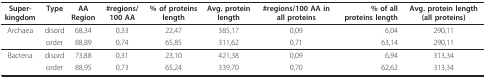
<table><thead><tr><td><b>Super-kingdom</b></td><td><b>Type</b></td><td><b>AA Region</b></td><td><b>#regions/100 AA</b></td><td><b>% of proteins length</b></td><td><b>Avg. protein length</b></td><td><b>#regions/100 AA in all proteins</b></td><td><b>% of all proteins length</b></td><td><b>Avg. protein length (all proteins)</b></td></tr></thead><tbody><tr><td>Archaea</td><td>disord</td><td>68,34</td><td>0,33</td><td>22,47</td><td>385,17</td><td>0,09</td><td>6,04</td><td>290,11</td></tr><tr><td></td><td>order</td><td>88,89</td><td>0,74</td><td>65,85</td><td>311,62</td><td>0,71</td><td>63,14</td><td>290,11</td></tr><tr><td>Bacteria</td><td>disord</td><td>73,88</td><td>0,31</td><td>23,10</td><td>421,38</td><td>0,09</td><td>6,94</td><td>313,34</td></tr><tr><td></td><td>order</td><td>88,95</td><td>0,73</td><td>65,24</td><td>339,70</td><td>0,70</td><td>62,62</td><td>313,34</td></tr></tbody></table>